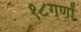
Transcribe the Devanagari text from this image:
१८गणों